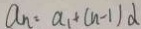
a _ { n } = a _ { 1 } + ( n - 1 ) d